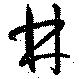
林